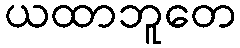
ယထာဘူတေ